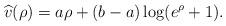
LaTeX: \begin{align*}\widehat v(\rho) = a \rho + (b-a) \log(e^\rho + 1).\end{align*}